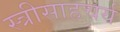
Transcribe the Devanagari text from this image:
स्त्रीसाहचर्य